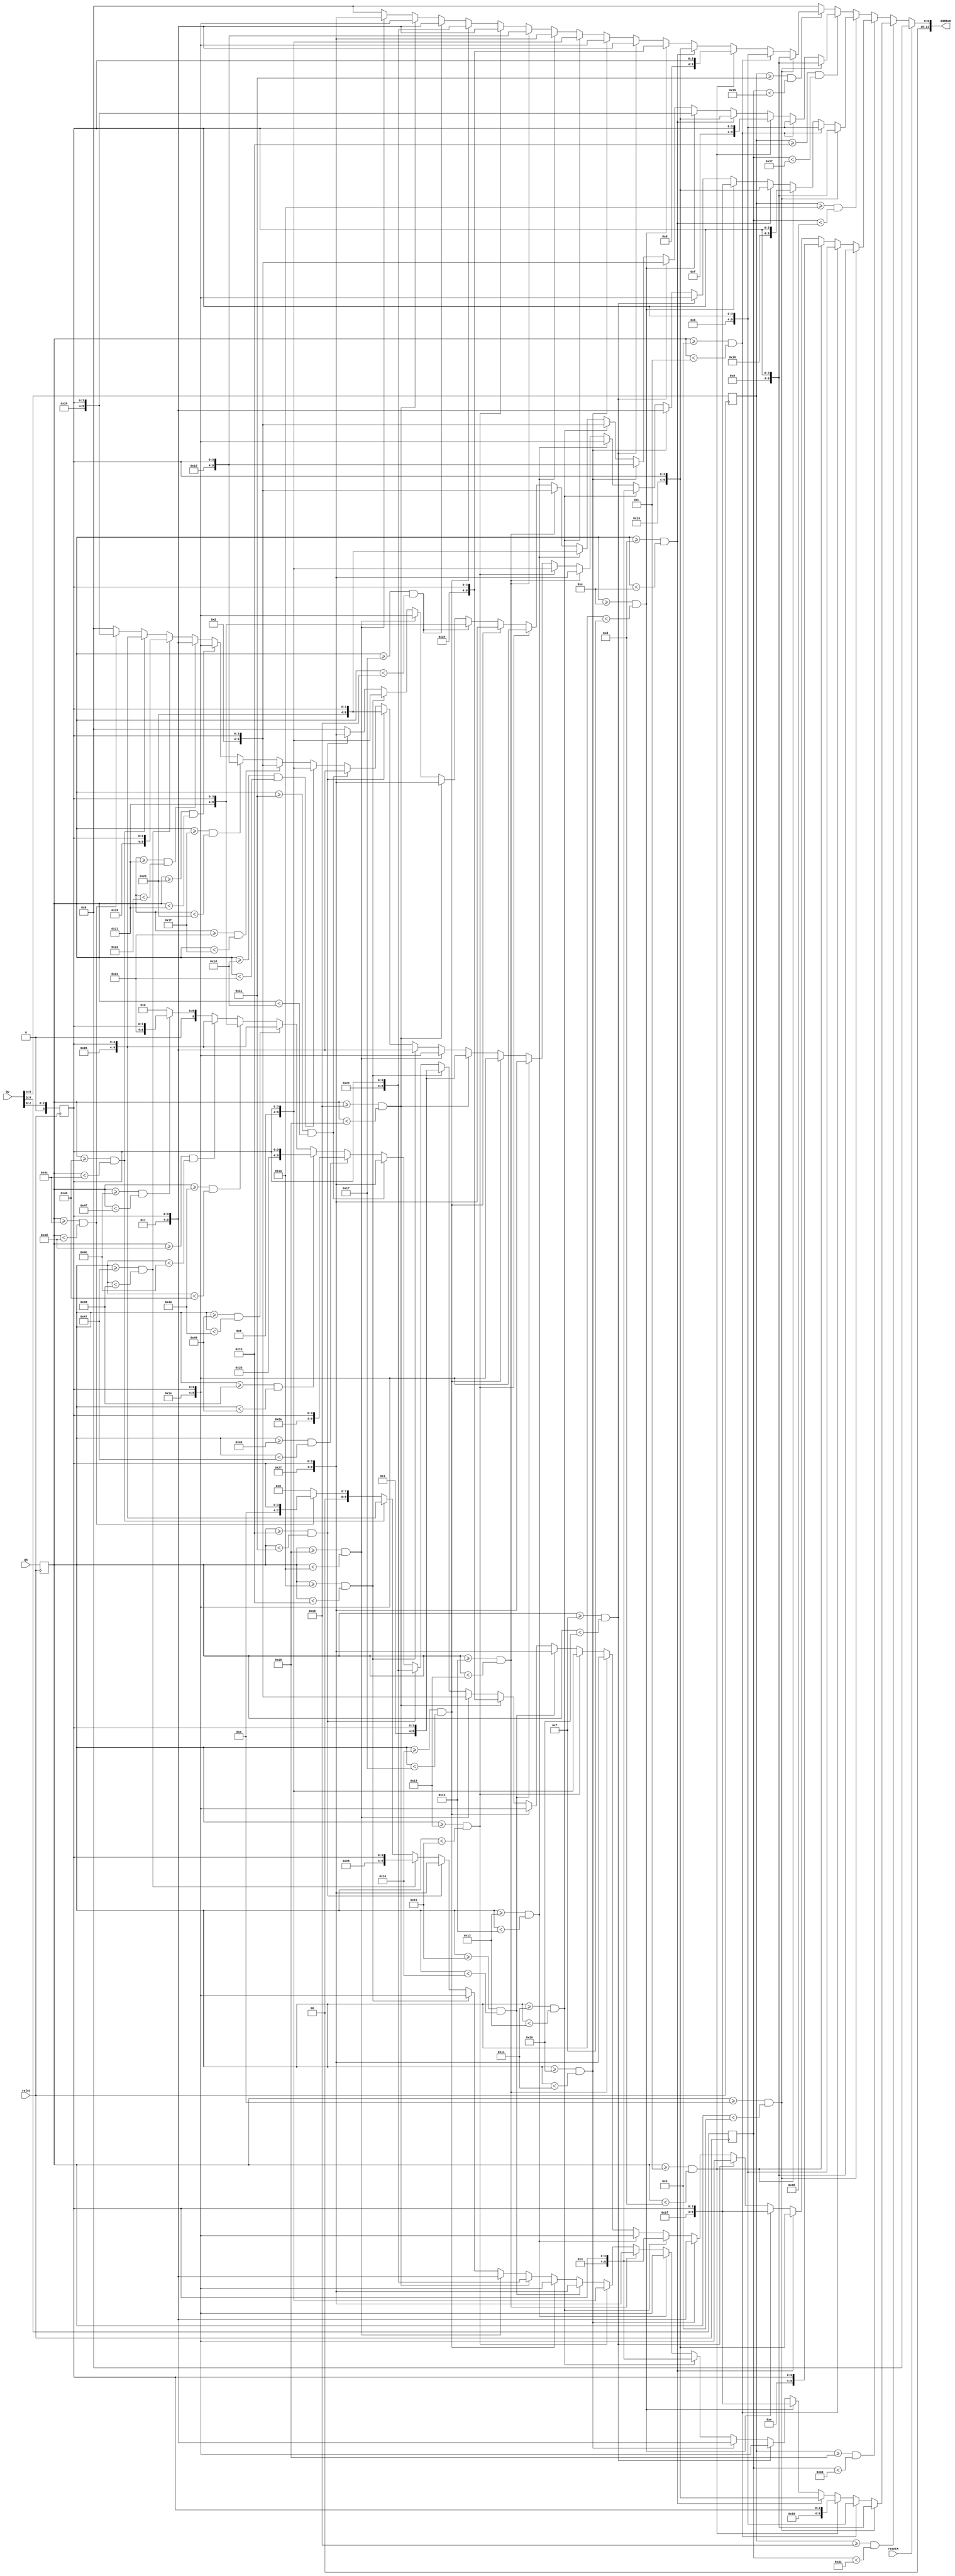
`timescale 1ns / 1ps

module Posicion_ROM8x8(
    input resetM,
    input [6:0] Qh,
    input [9:0] Qv,
    input reloj,
    output [11:0] DIR8x8
    );
    reg [6:0] M_h;
    reg [5:0] M_v;
    reg [6:0] M_v1;
    reg [3:0] SELEC_COL;
    reg [11:0] DIR;
                         /***********PARAMETROS***********/
                                    /*LETRAS*/
                                    
parameter A = 8'h27; parameter B = 8'h26; parameter C = 8'h01; parameter D = 8'h25; parameter E = 8'h02; parameter F = 8'h24;
parameter G = 8'h03; parameter H = 8'h23; parameter I = 8'h04; parameter J = 8'h22; parameter K = 8'h05; parameter L = 8'h21;
parameter M = 8'h06; parameter N = 8'h20; parameter O= 8'h07; parameter P = 8'h1f; parameter Q = 8'h08; parameter R = 8'h1e;
parameter S = 8'h09; parameter T = 8'h1d; parameter U = 8'h0a; parameter V = 8'h1c; parameter W = 8'h0b; parameter X = 8'h1b;
parameter Y = 8'h0c; parameter Z = 8'h1a;

                                    /*NUMEROS*/
parameter CERO = 8'h0d; parameter UNO = 8'h19; parameter DOS = 8'h0e; parameter TRES = 8'h18; parameter CUATRO = 8'h0f; 
parameter CINCO = 8'h17; parameter SEIS = 8'h10; parameter SIETE = 8'h16; parameter OCHO = 8'h11; parameter NUEVE = 8'h15;

                     /*********************HORIZONTAL*********************/
                                     /*Parametros SWITCHES*/
parameter sw_s = 7'd10; parameter sw_w = 7'd11; parameter sw_num = 7'd12; parameter sw_sep = 7'd13;
    
                                        /*Botones*/
parameter L_h = 7'd70; parameter U_h = 7'd71; parameter D_h = 7'd71; parameter R_h = 7'd72;
parameter b1_h = 7'd73; parameter l1_h = 7'd74; parameter b2_h = 7'd75; parameter u1_h = 7'd76;
parameter b3_h = 7'd77; parameter r1_h = 7'd78; parameter b4_h = 7'd75; parameter d1_h = 7'd76;
                                        
                                 /*Parametros instrucciones*/
    
                                        /*PROGRAMAR*/
parameter P1_h = 7'd14; parameter R1_h = 7'd15; parameter O1_h = 7'd16; parameter G1_h = 7'd17;
parameter R2_h = 7'd18; parameter A1_h = 7'd19; parameter M1_h = 7'd20; parameter A2_h = 7'd21;
parameter R3_h = 7'd22;
    
                                          /*HORA*/
parameter H1_h = 7'd24; parameter O2_h = 7'd25; parameter R4_h = 7'd26; parameter A3_h = 7'd27;
    
                                         /*FECHA*/
parameter F1_h = 7'd24; parameter E1_h = 7'd25; parameter C1_h = 7'd26; parameter H2_h = 7'd27;
parameter A4_h = 7'd28;
    
                                        /*CRONOMETRO*/
parameter C2_h = 7'd24; parameter R5_h = 7'd25; parameter O3_h = 7'd26; parameter N1_h = 7'd27;
parameter O4_h = 7'd28; parameter M2_h = 7'd29; parameter E2_h = 7'd30; parameter T1_h = 7'd31;
parameter R6_h = 7'd32; parameter O5_h = 7'd33; 
    
                                          /*ALARMA*/
parameter A5_h = 7'd22; parameter L1_h = 7'd23; parameter A6_h = 7'd24; parameter R7_h = 7'd25; 
parameter M3_h = 7'd26; parameter A7_h = 7'd27;
    
                                        /*DETENER*/
parameter D1_h = 7'd14; parameter E3_h = 7'd15; parameter T2_h = 7'd16; parameter E4_h = 7'd17;
parameter N2_h = 7'd18; parameter E5_h = 7'd19; parameter R8_h = 7'd20;

                                        /*FORMATO*/
parameter F2_h = 7'd14; parameter O6_h = 7'd15; parameter R9_h = 7'd16; parameter M4_h = 7'd17; parameter A8_h = 7'd18;
parameter T3_h = 7'd19; parameter O7_h = 7'd20;

                                         /*HORA*/
parameter H3_h = 7'd22; parameter O8_h = 7'd23; parameter R10_h = 7'd24; parameter A9_h = 7'd25;
    
                    /*********************VERTICAL*********************/
    
parameter HORA_v = 6'd24; parameter HORA1_v = 7'd49; parameter FECHA_v = 6'd25; parameter FECHA1_v = 7'd51; 
parameter CRONOMETRO_v = 6'd26; parameter CRONOMETRO1_v = 7'd53; parameter ALARMA_v = 6'd27; parameter ALARMA1_v = 7'd55;

parameter AMPM_v = 6'd28; parameter AMPM1_v = 7'd57;
    
                            /*SWITCHES  Y  Botones*/
parameter sw1_v = 6'd24; parameter sw2_v = 6'd25; parameter sw3_v = 6'd26; parameter sw4_v = 6'd27; parameter sw0_v = 6'd28;
               
                
                
    always @(posedge reloj) begin
        M_v <= {Qv[9],Qv[8],Qv[7],Qv[6],Qv[5],Qv[4]};
        M_v1 <= {Qv[9],Qv[8],Qv[7],Qv[6],Qv[5],Qv[4],Qv[3]};
        M_h <= {Qh[6],Qh[5],Qh[4],Qh[3],Qh[2],Qh[1],Qh[0]};
	    SELEC_COL <= {1'b0, Qv[2], Qv[1], Qv[0]};
        end
        
    always@(*)begin
        if (resetM == 1'b1) 
            DIR <= 12'h000;  
        else
        begin       
//*************************************************************************
            if (M_v >= HORA_v && M_v1 < HORA1_v)
            begin
				            /*SW1*/
  		        if (M_h >= sw_s && M_h < sw_w) 
                  DIR <= {S, SELEC_COL};
                else if (M_h >= sw_w && M_h < sw_num)
                  DIR <= {W, SELEC_COL};
                else if (M_h >= sw_num && M_h < sw_sep)
                  DIR <= {UNO, SELEC_COL};
                else if (M_h >= sw_sep && M_h < 7'd14)
                  DIR <= {4'h1, 4'h3, SELEC_COL};
                  
                         /*PROGRAMAR*/
                else if (M_h >= P1_h && M_h < R1_h)
                    DIR <= {P, SELEC_COL};
                    
                else if (M_h >= R1_h && M_h < O1_h)
                    DIR <= {R, SELEC_COL};
                    
                else if (M_h >= O1_h && M_h < G1_h)
                    DIR <= {O, SELEC_COL};
                    
                else if (M_h >= G1_h && M_h < R2_h)
                    DIR <= {G, SELEC_COL};
                    
                else if (M_h >= R2_h && M_h < A1_h)
                    DIR <= {R, SELEC_COL};
                    
                else if (M_h >= A1_h && M_h < M1_h)
                    DIR <= {A, SELEC_COL};
                    
                else if (M_h >= M1_h && M_h < A2_h)
                    DIR <= {M, SELEC_COL};
                    
                else if (M_h >= A2_h && M_h < R3_h)
                    DIR <= {A, SELEC_COL};
                
                else if (M_h >= R3_h && M_h < 7'd23)
                    DIR <= {R, SELEC_COL};

                             /*HORA*/ 

                else if (M_h >= H1_h && M_h < O2_h)
                    DIR <= {H, SELEC_COL};
                
                else if (M_h >= O2_h && M_h < R4_h)
                    DIR <= {O, SELEC_COL};
                
                else if (M_h >= R4_h && M_h < A3_h)
                    DIR <= {R, SELEC_COL};
                
                else if (M_h >= A3_h && M_h < 7'd28)
                    DIR <= {A, SELEC_COL};
                    
                    /*FLECHA Y BOTON ARRIBA*/
        
                else if (M_h >= U_h && M_h < R_h)
                    DIR <={4'h2, 4'h8, SELEC_COL};
                    
                else if (M_h >= b2_h && M_h < u1_h)
                    DIR <= {4'h2, 4'h6, SELEC_COL};
                    
                else if (M_h >= u1_h && M_h < b3_h)
                    DIR <= {4'h0, 4'ha, SELEC_COL};
                else 
                    DIR <=  12'h000;
                end
//*************************************************************************
            else if (M_v >= FECHA_v && M_v1 < FECHA1_v)
                begin
                          /*SW2*/
                if (M_h >= sw_s && M_h < sw_w)
                  DIR <= {S, SELEC_COL};
                else if (M_h >= sw_w && M_h < sw_num)
                  DIR <= {W, SELEC_COL};
                else if (M_h >= sw_num && M_h < sw_sep)
                  DIR <= {DOS, SELEC_COL};
                else if (M_h >= sw_sep && M_h < 7'd14)
                  DIR <= {4'h1, 4'h3, SELEC_COL};
               
                         /*PROGRAMAR*/
                else if (M_h >= P1_h && M_h < R1_h)
                    DIR <= {P, SELEC_COL};
                    
                else if (M_h >= R1_h && M_h < O1_h)
                    DIR <= {R, SELEC_COL};
                    
                else if (M_h >= O1_h && M_h < G1_h)
                    DIR <= {O, SELEC_COL};
                    
                else if (M_h >= G1_h && M_h < R2_h)
                    DIR <= {G, SELEC_COL};
                    
                else if (M_h >= R2_h && M_h < A1_h)
                    DIR <= {R, SELEC_COL};
                    
                else if (M_h >= A1_h && M_h < M1_h)
                    DIR <= {A, SELEC_COL};
                    
                else if (M_h >= M1_h && M_h < A2_h)
                    DIR <= {M, SELEC_COL};
                    
                else if (M_h >= A2_h && M_h < R3_h)
                    DIR <= {A, SELEC_COL};
                
                else if (M_h >= R3_h && M_h < 7'd23)
                    DIR <= {R, SELEC_COL};
                    
                           /*FECHA*/

                else if (M_h >= F1_h && M_h < E1_h)
                    DIR <= {F, SELEC_COL};
                    
                else if (M_h >= E1_h && M_h < C1_h)
                    DIR <= {E, SELEC_COL};
                    
                else if (M_h >= C1_h && M_h < H2_h)
                    DIR <= {C, SELEC_COL};
                    
                else if (M_h >= H2_h && M_h < A4_h)
                    DIR <= {H, SELEC_COL};
                    
                else if (M_h >= A4_h && M_h < 7'd29)
                    DIR <= {A, SELEC_COL};
                    
                /*FLECHAS(IZQ, DER) BOTONES (IZQ, DER)*/  

                else if (M_h >= L_h && M_h < U_h)
                    DIR <= {4'h2, 4'ha, SELEC_COL};
                    
                else if (M_h >= R_h && M_h < b1_h)
                    DIR <= {4'h2, 4'hb, SELEC_COL};
                    
                else if (M_h >= b1_h && M_h < l1_h)
                    DIR <= {4'h2, 4'h6, SELEC_COL};
                    
                else if (M_h >= l1_h && M_h < b2_h)
                    DIR <= {4'h2, 4'h1, SELEC_COL};
                    
                else if (M_h >= b3_h && M_h < r1_h)
                    DIR <= {4'h2, 4'h6, SELEC_COL};
                    
                else if (M_h >= r1_h && M_h < 7'd79)
                    DIR <= {4'h1, 4'he, SELEC_COL};
               
                else 
                    DIR <=  12'h000;
               end
//*************************************************************************
            else if (M_v >= CRONOMETRO_v && M_v1 < CRONOMETRO1_v)
               begin 
                  		    /*SW3*/
                if (M_h >= sw_s && M_h < sw_w)
                  DIR <= {S, SELEC_COL};
                else if (M_h >= sw_w && M_h < sw_num)
                  DIR <= {W, SELEC_COL};
                else if (M_h >= sw_num && M_h < sw_sep)
                  DIR <= {TRES, SELEC_COL};
                else if (M_h >= sw_sep && M_h < 7'd14)
                  DIR <= {4'h1, 4'h3, SELEC_COL};
                         /*PROGRAMAR*/
                else if (M_h >= P1_h && M_h < R1_h)
                    DIR <= {P, SELEC_COL};
                    
                else if (M_h >= R1_h && M_h < O1_h)
                    DIR <= {R, SELEC_COL};
                    
                else if (M_h >= O1_h && M_h < G1_h)
                    DIR <= {O, SELEC_COL};
                    
                else if (M_h >= G1_h && M_h < R2_h)
                    DIR <= {G, SELEC_COL};
                    
                else if (M_h >= R2_h && M_h < A1_h)
                    DIR <= {R, SELEC_COL};
                    
                else if (M_h >= A1_h && M_h < M1_h)
                    DIR <= {A, SELEC_COL};
                    
                else if (M_h >= M1_h && M_h < A2_h)
                    DIR <= {M, SELEC_COL};
                    
                else if (M_h >= A2_h && M_h < R3_h)
                    DIR <= {A, SELEC_COL};
                
                else if (M_h >= R3_h && M_h < 7'd23)
                    DIR <= {R, SELEC_COL};
                    
                        /*CRONOMETRO*/
    
               else if (M_h >= C2_h && M_h < R5_h)
                    DIR <= {C, SELEC_COL};
                   
               else if (M_h >= R5_h && M_h < O3_h)
                    DIR <= {R, SELEC_COL};
                    
               else if (M_h >= O3_h && M_h < N1_h)
                    DIR <= {O, SELEC_COL};
                    
               else if (M_h >= N1_h && M_h < O4_h)
                    DIR <= {N, SELEC_COL};
                    
               else if (M_h >= O4_h && M_h < M2_h)
                    DIR <= {O, SELEC_COL};
                    
               else if (M_h >= M2_h && M_h < E2_h)
                    DIR <= {M, SELEC_COL};
                    
               else if (M_h >= E2_h && M_h < T1_h)
                    DIR <= {E, SELEC_COL};
                    
               else if (M_h >= T1_h && M_h < R6_h)
                    DIR <= {T, SELEC_COL};
                    
               else if (M_h >= R6_h && M_h < O5_h)
                    DIR <= {R, SELEC_COL};
                    
               else if (M_h >= O5_h && M_h < 7'd34)
                    DIR <= {O, SELEC_COL};
                    
                    /*FLECHA Y BOTON ABAJO*/

               else if (M_h >= D_h && M_h < R_h)
                    DIR <= {4'h2, 4'h9, SELEC_COL};
                    
               else if (M_h >= b4_h && M_h < d1_h)
                    DIR <= {4'h2, 4'h6, SELEC_COL};
                    
               else if (M_h >= d1_h && M_h < b3_h)
                    DIR <= {4'h2, 4'h5, SELEC_COL};

               else 
                    DIR <=  12'h000;
              end
              
//*************************************************************************
            else if (M_v >= ALARMA_v && M_v1 < ALARMA1_v)
                begin
                         	/*SW4*/
                if (M_h >= sw_s && M_h < sw_w)
                  DIR <= {S, SELEC_COL};
                else if (M_h >= sw_w && M_h < sw_num)
                  DIR <= {W, SELEC_COL};
                else if (M_h >= sw_num && M_h < sw_sep)
                  DIR <= {CUATRO, SELEC_COL};
                else if (M_h >= sw_sep && M_h < 7'd14)
                  DIR <= {4'h1, 4'h3, SELEC_COL};
                           /*DETENER*/

               else if (M_h >= D1_h && M_h < E3_h)
                   DIR <= {D, SELEC_COL};
                   
               else if (M_h >= E3_h && M_h < T2_h)
                   DIR <= {E, SELEC_COL};
                   
               else if (M_h >= T2_h && M_h < E4_h)
                   DIR <= {T, SELEC_COL};
                   
               else if (M_h >= E4_h && M_h < N2_h)
                   DIR <= {E, SELEC_COL};
                   
               else if (M_h >= N2_h && M_h < E5_h)
                   DIR <= {N, SELEC_COL};
                   
               else if (M_h >= E5_h && M_h < R8_h)
                   DIR <= {E, SELEC_COL};
                   
               else if (M_h >= R8_h && M_h < 7'd21)
                   DIR <= {R, SELEC_COL};
                   
                            /*ALARMA*/

               else if (M_h >= A5_h && M_h < L1_h)
                   DIR <= {A, SELEC_COL};
                   
               else if (M_h >= L1_h && M_h < A6_h)
                   DIR <= {L, SELEC_COL};
                   
               else if (M_h >= A6_h && M_h < R7_h)
                   DIR <= {A, SELEC_COL};
                  
               else if (M_h >= R7_h && M_h < M3_h)
                   DIR <= {R, SELEC_COL};
                   
               else if (M_h >= M3_h && M_h < A7_h)
                   DIR <= {M, SELEC_COL};
                   
               else if (M_h >= A7_h && M_h < 7'd28)
                   DIR <= {A, SELEC_COL};
               else 
                   DIR <=  12'h000;
               end                
//*************************************************************************
            else if (M_v >= AMPM_v && M_v1 < AMPM1_v)
            begin
                            /*SW0*/
                if (M_h >= sw_s && M_h < sw_w)
                  DIR <= {S, SELEC_COL};
                  
                else if (M_h >= sw_w && M_h < sw_num)
                  DIR <= {W, SELEC_COL};
                  
                else if (M_h >= sw_num && M_h < sw_sep)
                  DIR <= {CERO, SELEC_COL};
                  
                else if (M_h >= sw_sep && M_h < 7'd14)
                  DIR <= {4'h1, 4'h3, SELEC_COL};
                  
                          /*FORMATO*/                  
    /*parameter F2_h = 7'd14; parameter O6_h = 7'd15; parameter R9_h = 7'd16; parameter M4_h = 7'd17; parameter A8_h = 7'd18;
    parameter T3_h = 7'd19; parameter O7_h = 7'd20;*/
                          
                else if (M_h >= F2_h && M_h < O6_h)
                  DIR <= {F, SELEC_COL};
                  
                else if (M_h >= O6_h && M_h < R9_h)
                  DIR <= {O, SELEC_COL};
                  
                else if (M_h >= R9_h && M_h < M4_h)
                  DIR <= {R, SELEC_COL};
                  
                else if (M_h >= M4_h && M_h < A8_h)
                  DIR <= {M, SELEC_COL};
                  
                else if (M_h >= A8_h && M_h < T3_h)
                  DIR <= {A, SELEC_COL};
                  
                else if (M_h >= T3_h && M_h < O7_h)
                  DIR <= {T, SELEC_COL};
                  
                else if (M_h >= O7_h && M_h < 7'd21)
                  DIR <= {O, SELEC_COL};
                  
                           /*HORA*/
     /*parameter H3_h = 7'd22; parameter O8_h = 7'd23; parameter R10_h = 7'd24; parameter A9_h = 7'd25;*/
     
                else if (M_h >= H3_h && M_h < O8_h)
                   DIR <= {H, SELEC_COL};
                else if (M_h >= O8_h && M_h < R10_h)
                   DIR <= {O, SELEC_COL};
                else if (M_h >= R10_h && M_h < A9_h)
                   DIR <= {R, SELEC_COL};
                else if (M_h >= A9_h && M_h < 7'd26)
                   DIR <= {A, SELEC_COL};
                else
                   DIR <= 12'h000; 
                 end            
            else
                DIR <= 12'h000;
                          
           end
    
           end
    
                       assign DIR8x8 = DIR;                     
                 
endmodule